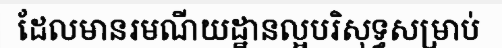
ដែលមានរមណីយដ្ឋានល្អបរិសុទ្ធសម្រាប់